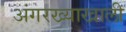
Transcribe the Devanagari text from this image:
अंगरख्याखाली